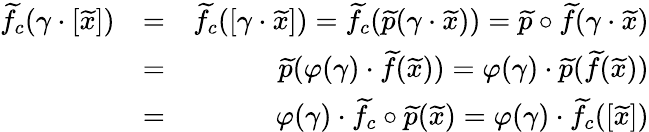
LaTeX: \begin{array}{rlr}{\widetilde{f}_{c}(\gamma\cdot[\widetilde{x}])}&{=}&{\widetilde{f}_{c}([\gamma\cdot\widetilde{x}])=\widetilde{f}_{c}(\widetilde{p}(\gamma\cdot\widetilde{x}))=\widetilde{p}\circ\widetilde{f}(\gamma\cdot\widetilde{x})}\\ &{=}&{\widetilde{p}(\varphi(\gamma)\cdot\widetilde{f}(\widetilde{x}))=\varphi(\gamma)\cdot\widetilde{p}(\widetilde{f}(\widetilde{x}))}\\ &{=}&{\varphi(\gamma)\cdot\widetilde{f}_{c}\circ\widetilde{p}(\widetilde{x})=\varphi(\gamma)\cdot\widetilde{f}_{c}([\widetilde{x}])}\end{array}